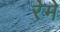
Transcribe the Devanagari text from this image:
रेमे